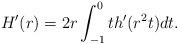
LaTeX: \begin{align*}H'(r)= 2r \int_{-1}^0 t h'(r^2 t) dt.\end{align*}